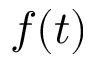
f ( t )